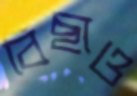
বিছাও